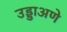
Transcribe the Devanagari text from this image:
उड्डाअणे